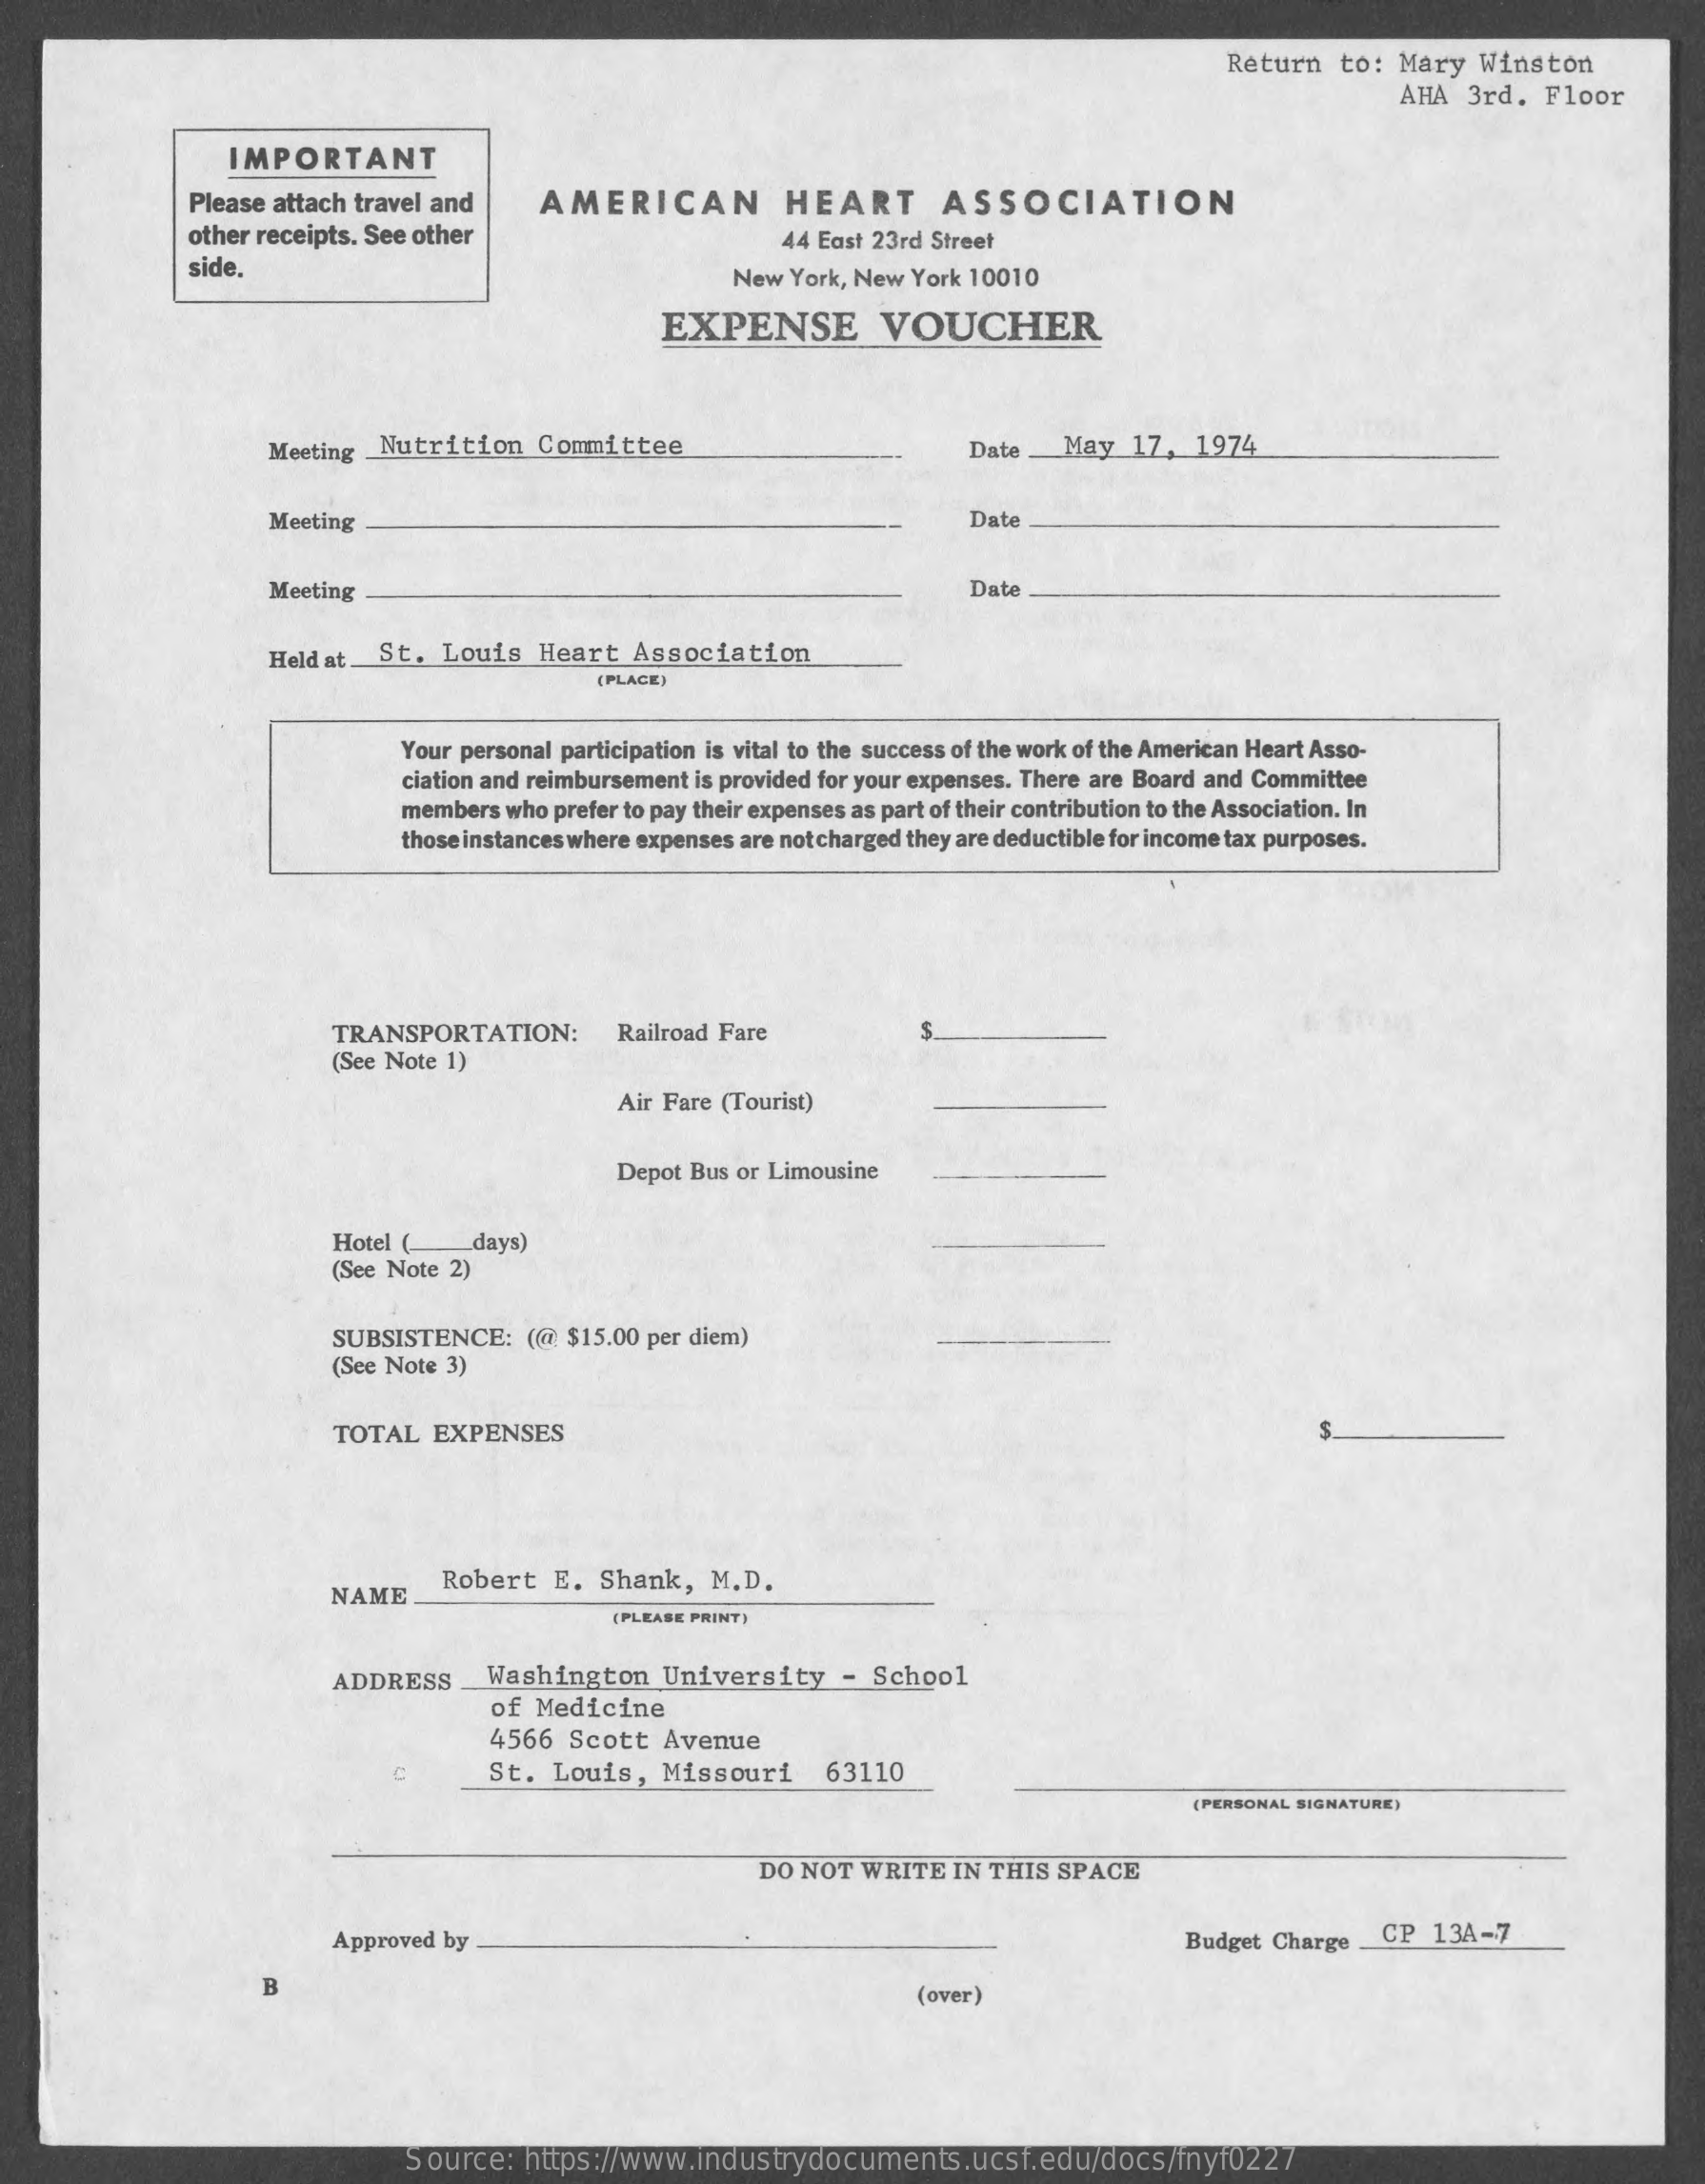
Return   to: Mary   Winston
     AHA  3rd.  Floor
     IMPORTANT
     Please attach travel and    AMERICAN    HEART    ASSOCIATION
     other receipts. See other    44 East 23rd Street
     side.    New  York, New York 10010
     EXPENSE    VOUCHER
     Meeting Nutrition    Committee    Date _May    17,  1974
     Meeting    Dat
     Meeting    Dat
     Held at St.  Louis   Heart   Association
     (PLACE)
     Your personal participation is vital to the success of the work of the American Heart Asso-
     ciation and reimbursement is provided for your expenses. There are Board and Committee
     members  who prefer to pay their expenses as part of their contribution to the Association. In
     those instances where expenses are not charged they are deductible for income tax purposes.
     TRANSPORTATION:    Railroad Fare
     (See Note 1)
     Air Fare (Tourist)
     Depot Bus or Limousine
     Hotel (    days)
     (See Note 2)
     SUBSISTENCE:   (@  $15.00 per diem)
     (See Note 3)
     TOTAL   EXPENSES    S
     NAME
     Robert  E.  Shank,   M.D.
     (PLEASE PRINT)
     ADDRESS    Washington    University    - School
     of Medicine
     4566  Scott  Avenue
     St. Louis,   Missouri    63110
     (PERSONAL SIGNATURE)
     DO NOT  WRITE   IN THIS SPACE
     Approved by    Budget Charge   CP  13A-7
     B
     (over)
     Source:   https://www.industrydocuments.ucsf.edu/docs/fnyf0227